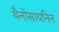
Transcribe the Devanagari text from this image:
थैनोसायनिन